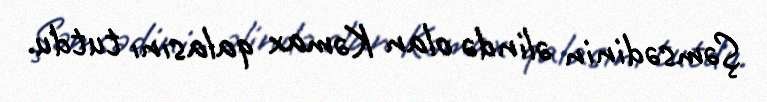
Şəmsədinin əlində olan Kəmax qalasını tutdu.